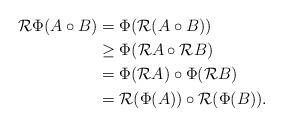
LaTeX: \begin{align*} \mathcal{R}\Phi(A\circ B)&=\Phi(\mathcal{R}(A\circ B))&&\\ &\geq\Phi(\mathcal{R} A\circ\mathcal{R} B)&&\\ &=\Phi(\mathcal{R} A)\circ\Phi(\mathcal{R} B)&& \\ &=\mathcal{R}(\Phi( A))\circ\mathcal{R}(\Phi( B)).&&\end{align*}